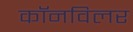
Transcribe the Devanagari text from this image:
कॉनविलर